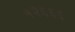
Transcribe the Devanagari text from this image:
१२६६६